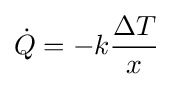
{\dot {Q}}=-k{\frac {\Delta T}{x}}